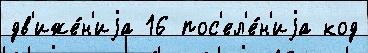
дв'иже́н'иjа 16 пос'ел'е́н'иjа код